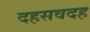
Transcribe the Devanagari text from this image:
दहसवदह